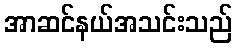
အာဆင်နယ်အသင်းသည်